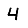
Digit: 4